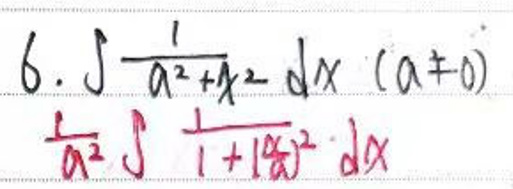
6. \(\int\frac{1}{a^{2}+x^{2}}dx\ (a\neq0)\)

\(\frac{1}{a^{2}}\int\frac{1}{1 + (\frac{x}{a})^{2}}dx\)